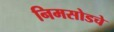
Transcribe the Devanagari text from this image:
निमसोडचे